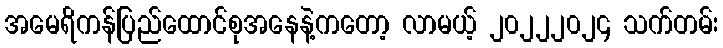
အမေရိကန်ပြည်ထောင်စုအနေနဲ့ကတော့ လာမယ့် ၂၀၂၂၂၀၂၄ သက်တမ်း